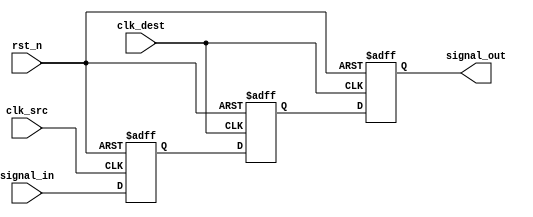
module signal_crossing_synchronizer #(
    parameter WIDTH = 1 // Width of the input signal
)(
    input wire clk_src,             // Source clock
    input wire clk_dest,            // Destination clock
    input wire rst_n,               // Asynchronous active-low reset
    input wire [WIDTH-1:0] signal_in, // Input signal from the source clock domain
    output reg [WIDTH-1:0] signal_out // Synchronized output signal in the destination clock domain
);

    // Two flip-flops for synchronization
    reg [WIDTH-1:0] sync_ff1;
    reg [WIDTH-1:0] sync_ff2;

    // Synchronous reset logic for the destination clock domain
    always @(posedge clk_dest or negedge rst_n) begin
        if (!rst_n) begin
            signal_out <= {WIDTH{1'b0}}; // Initialize output to known state
        end else begin
            signal_out <= sync_ff2; // Output the second flip-flop
        end
    end

    // First flip-flop in the source clock domain
    always @(posedge clk_src or negedge rst_n) begin
        if (!rst_n) begin
            sync_ff1 <= {WIDTH{1'b0}}; // Initialize first flip-flop to known state
        end else begin
            sync_ff1 <= signal_in; // Capture input signal
        end
    end

    // Second flip-flop in the destination clock domain
    always @(posedge clk_dest or negedge rst_n) begin
        if (!rst_n) begin
            sync_ff2 <= {WIDTH{1'b0}}; // Initialize second flip-flop to known state
        end else begin
            sync_ff2 <= sync_ff1; // Capture output of the first flip-flop
        end
    end

endmodule